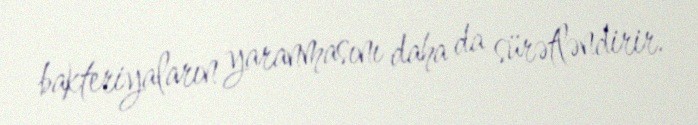
bakteriyaların yaranmasını daha da sürətləndirir.